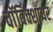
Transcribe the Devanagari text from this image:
वाॅर्विक्शायर